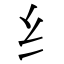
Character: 纟